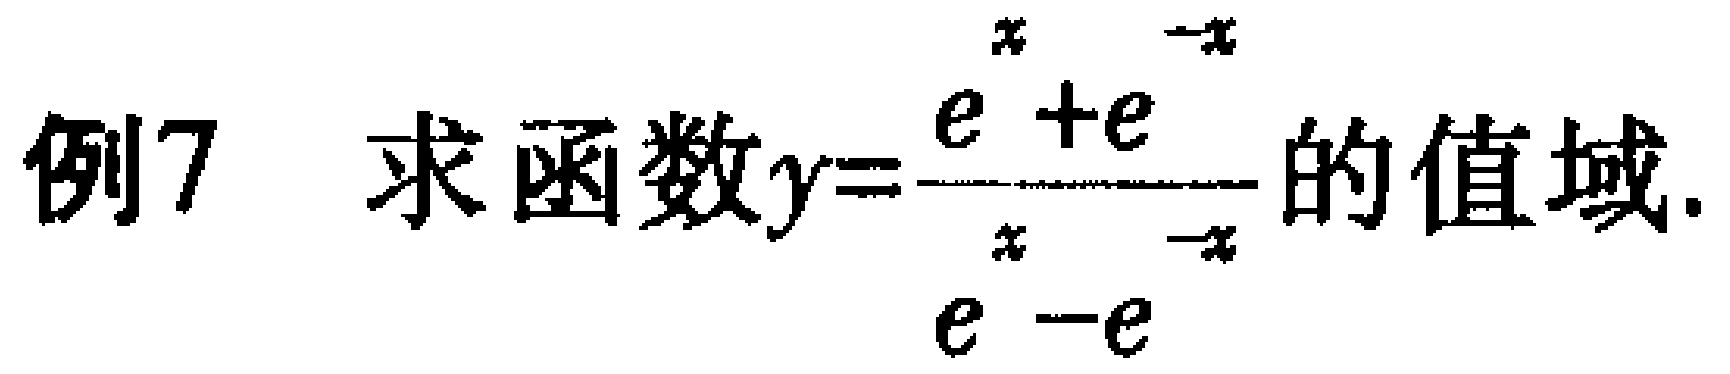
例7 求函数$y = \dfrac{e^{x} + e^{-x}}{e^{x} - e^{-x}}$的值域.